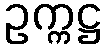
ဥက္ကဋ္ဌ